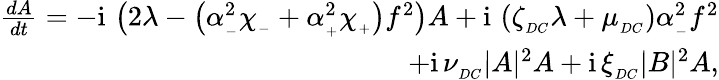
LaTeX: \begin{array}{r}{\frac{dA}{dt}=-\mathrm{i}\, \left(2\lambda-\left(\alpha_{_-}^{2}\chi_{_-}+\alpha_{_+}^{2}\chi_{_+}\right)f^{2}\right)A+\mathrm{i}\, \left(\zeta_{_{DC}}\lambda+\mu_{_{DC}}\right)\alpha_{_-}^{2}f^{2}}\\ {+\mathrm{i}\, \nu_{_{DC}}|A|^{2}A+\mathrm{i}\, \xi_{_{DC}}|B|^{2}A,}\end{array}